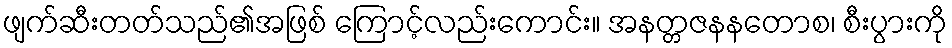
ဖျက်ဆီးတတ်သည်၏အဖြစ် ကြောင့်လည်းကောင်း။ အနတ္တဇနနတောစ၊ စီးပွားကို